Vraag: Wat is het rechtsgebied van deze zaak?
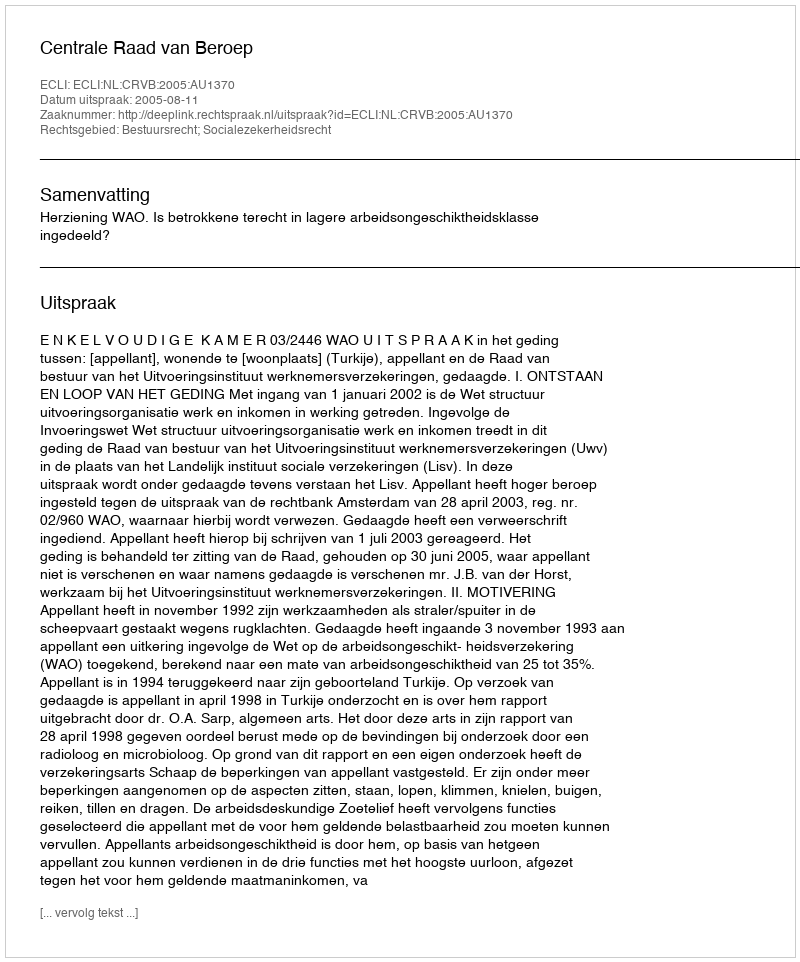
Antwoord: Bestuursrecht; Socialezekerheidsrecht